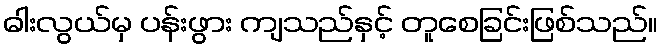
ဓါးလွယ်မှ ပန်းဖွား ကျသည်နှင့် တူစေခြင်းဖြစ်သည်။